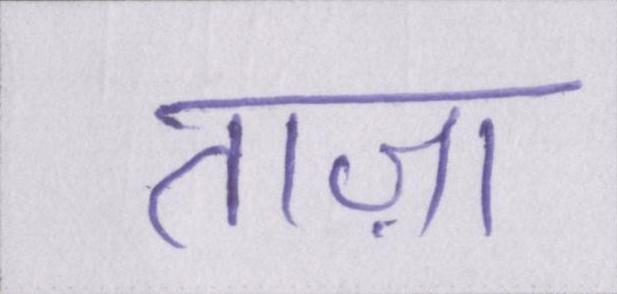
ताज़ा